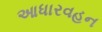
આધારવહન